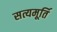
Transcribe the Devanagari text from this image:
सत्यमूर्ति